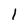
Character: 1